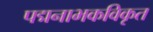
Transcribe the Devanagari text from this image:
पद्मनाभकविकृत